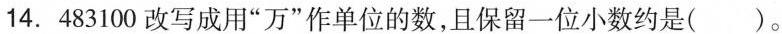
14.483100改写成用”万”作单位的数，且保留一位小数约是()。